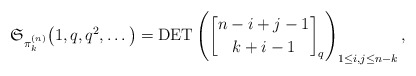
\begin{gather*}\mathfrak{S}_{\pi_{k}^{(n)}}\big(1,q,q^2,\ldots\big)= \operatorname{DET} \left({n-i+j-1 \brack k+i-1 }_{q} \right)_{1 \le i,j \le n-k},\end{gather*}